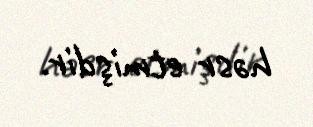
həsr etmişdir.